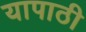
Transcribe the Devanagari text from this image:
यापाठी